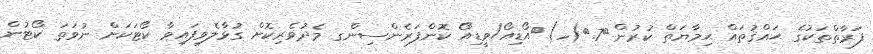
ފަރާތްތަކުގެ ޙައްޤުތައް ޙިމާޔަތް ކުރުން	7.	(ހ)	އޯޑިއޯ/ވީޑިއޯ ކޮންފަރެންސިންގ މެދުވެރިކޮށް ގުޅާލެވިފައިވާ ކޯޓަކަށް ނުވަތަ ކޯޓުން